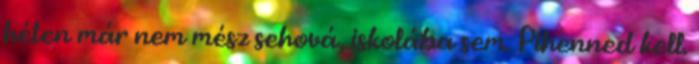
héten már nem mész sehová, iskolába sem. Pihenned kell.